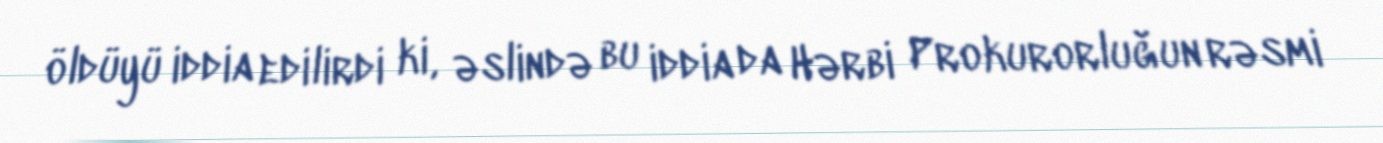
öldüyü iddia edilirdi ki, əslində bu iddia da Hərbi Prokurorluğun rəsmi